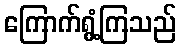
ကြောက်ရွံ့ကြသည်